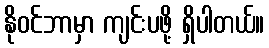
နိုဝင်ဘာမှာ ကျင်းပဖို့ ရှိပါတယ်။